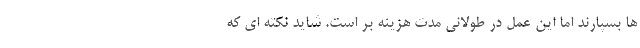
ها بسپارند اما این عمل در طولانی مدت هزینه بر است. شاید نکته ای که